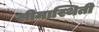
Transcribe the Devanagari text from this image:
सीमास्थिती